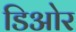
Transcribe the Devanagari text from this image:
डिओर